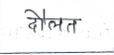
मजकूर: दौलत